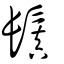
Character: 鬒